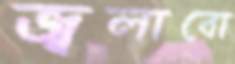
জ্বলাবো